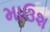
માઉશ